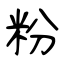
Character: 粉